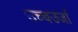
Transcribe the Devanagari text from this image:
उच्चउर्जा